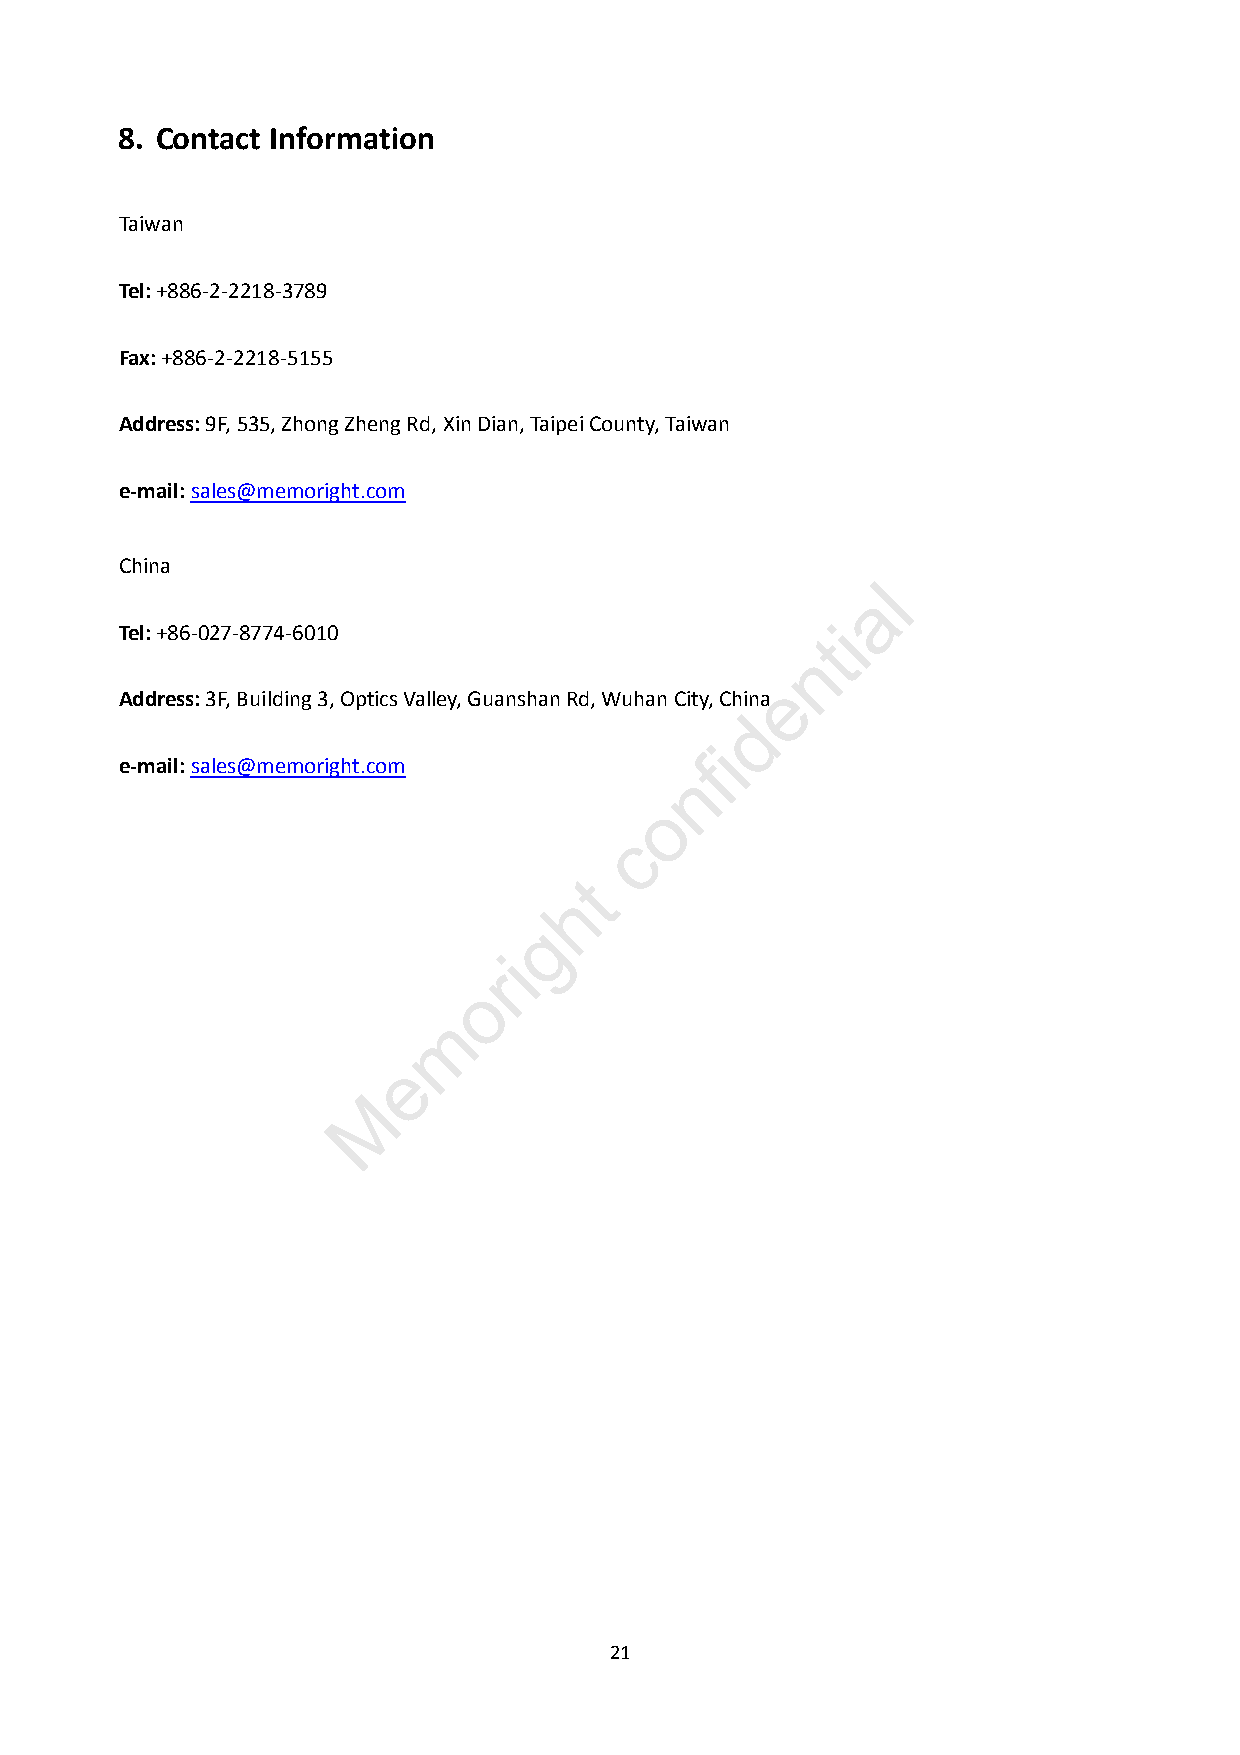
8. Contact Information
 Taiwan
 Tel: +886-2-2218-3789
 Fax: +886-2-2218-5155
 Address: 9F, 535, Zhong Zheng Rd, Xin Dian, Taipei County, Taiwan
 e-mail: sales@memoright.com
 China
 l
 a
 Tel: +86-027-8774-6010                         i
 t
 n
 e
 Address: 3F, Building 3, Optics Valley, Guanshan Rd, Wuhan City, China
 d
 i
 e-mail: sales@memoright.com           f
 n
 o
 c
 t
 h
 g
 i
 r
 o
 m
 e
 M
 21